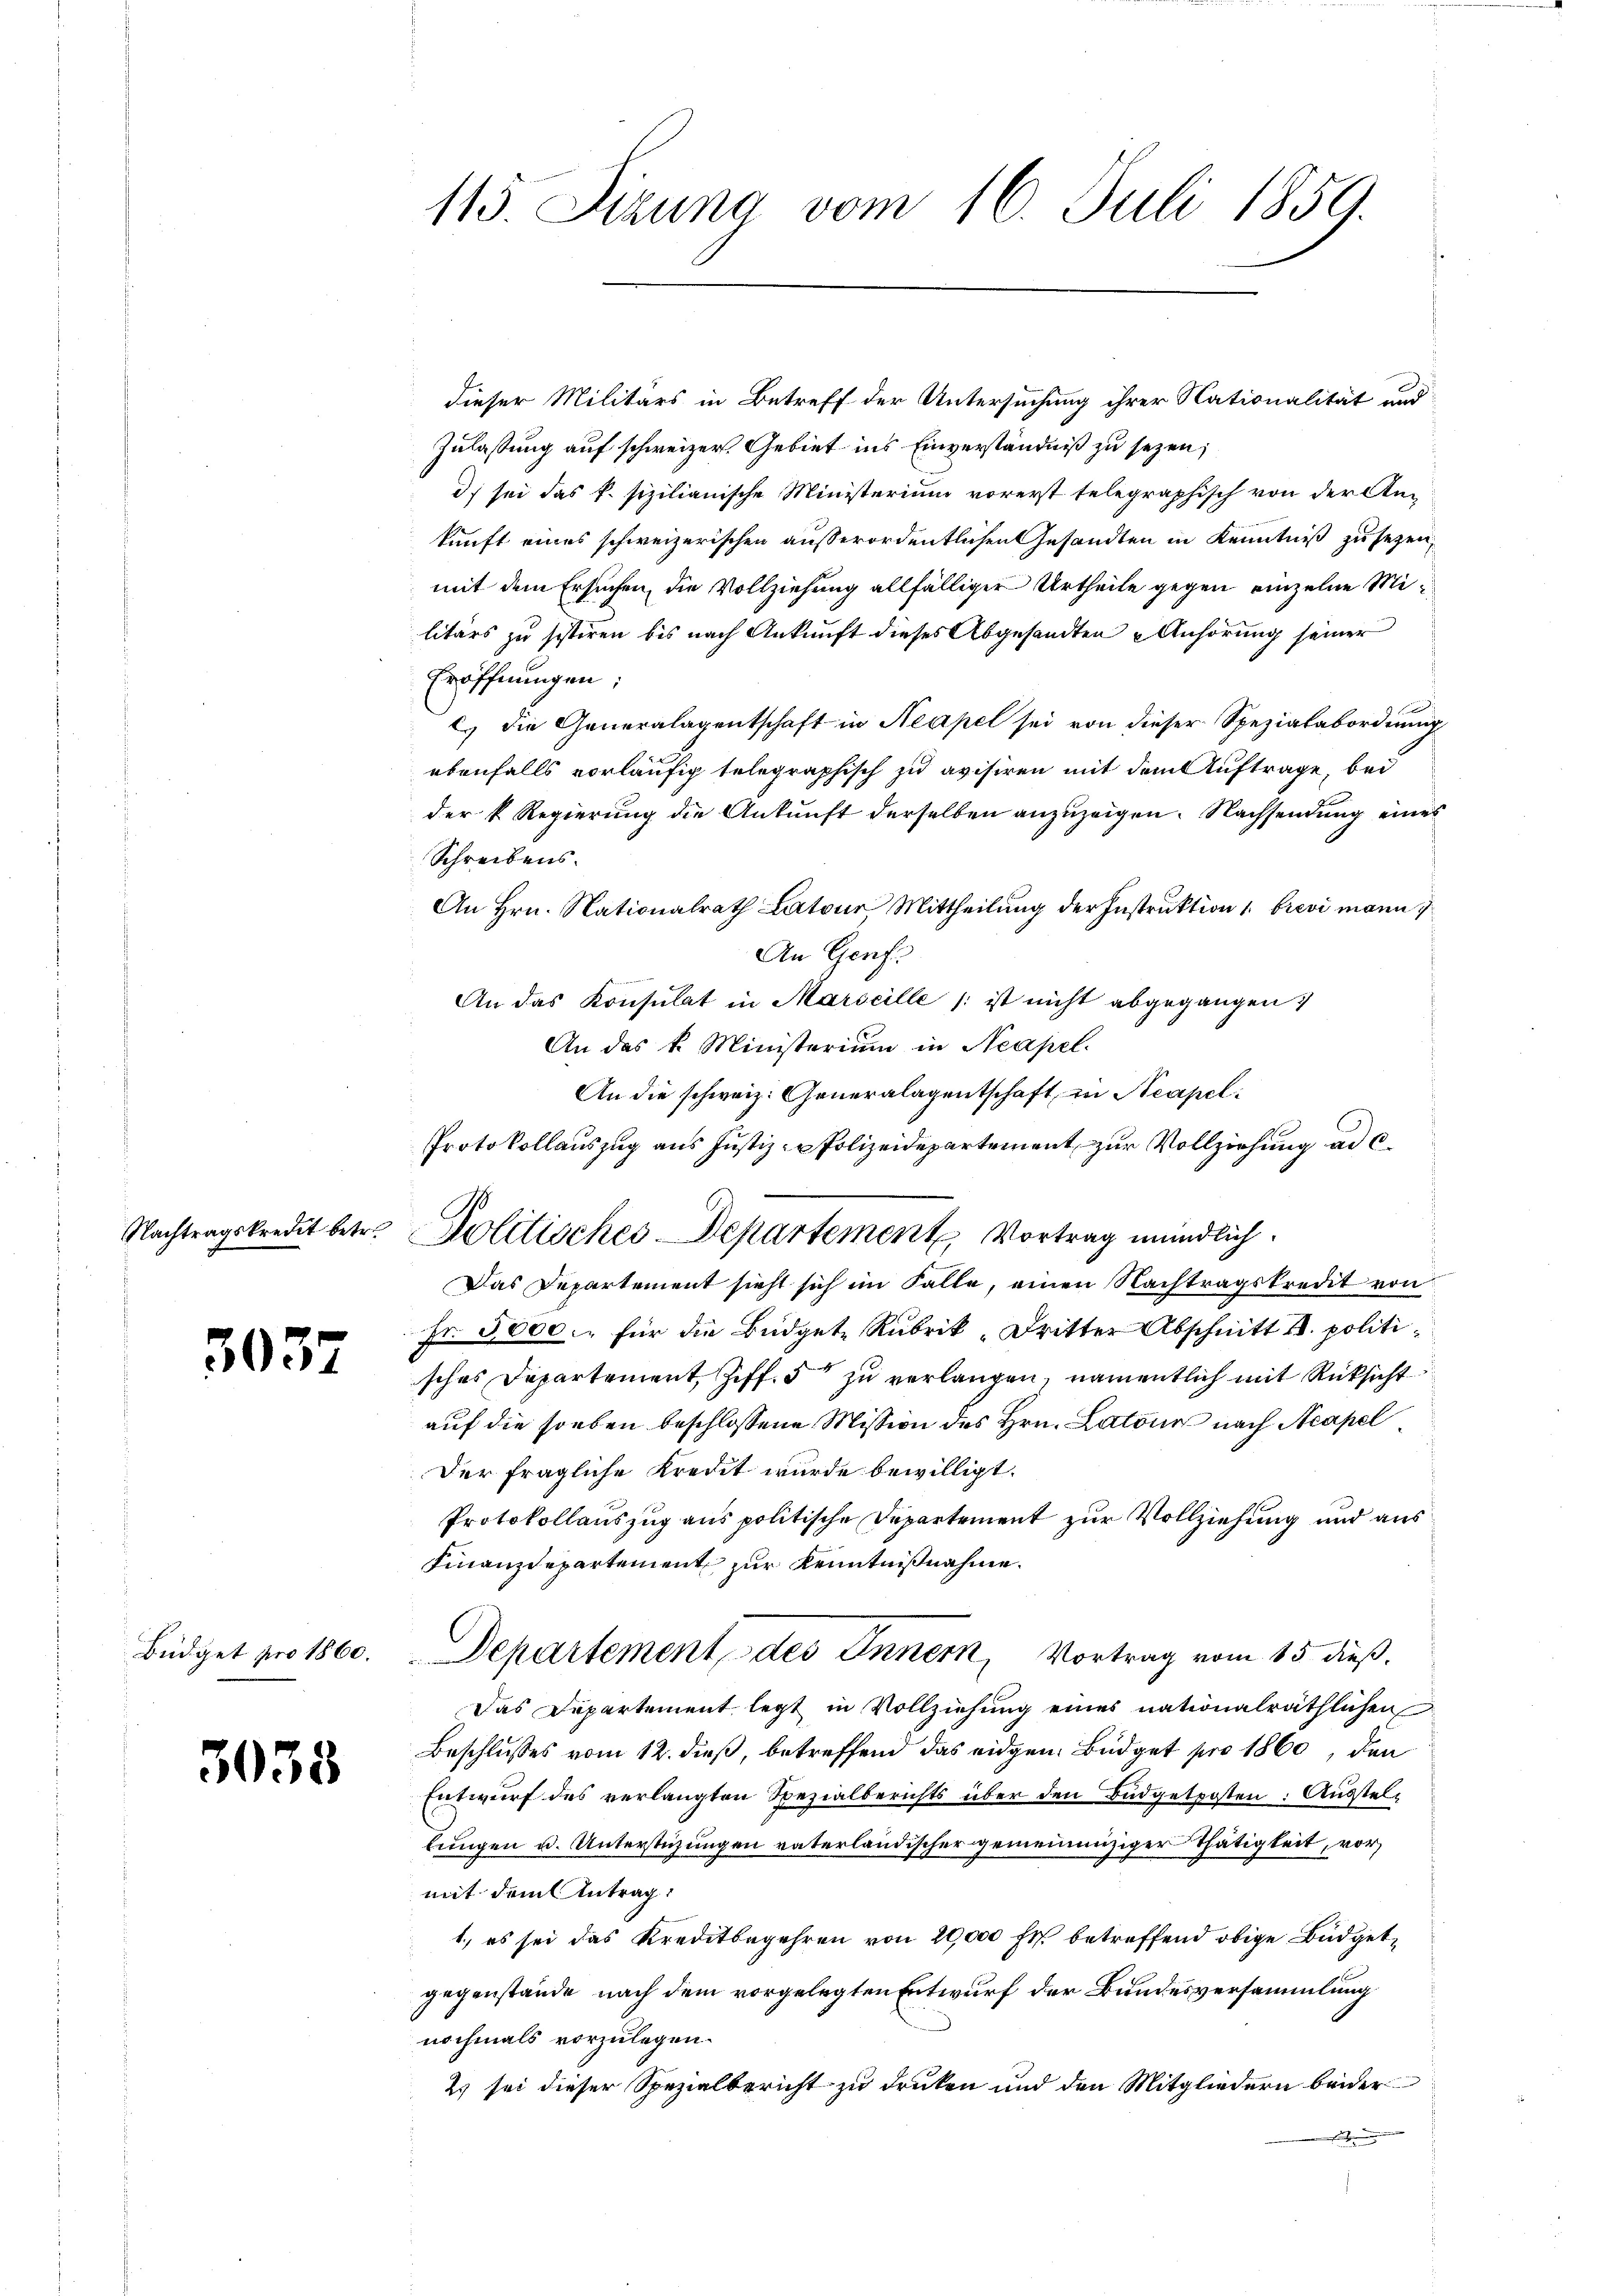
3037

3033

dieser Militärs in Betreff der Untersuchung ihrer Nationalität und
Zulassung auf schweizer. Gebiet ins Einverständniß zu sezen;
d) sei das k. sizilianische Ministerium vorerst telegraphisch von der An-
kunft eines schweizerischen außerordentlichen Gesandten in Kenntniß zu sezen,
mit dem Ersuchen, die Vollziehung allfälliger Urtheile gegen einzelne Militärs zu sistiren bis nach Ankunft dieses Abgesandten Anhörung seiner
Eröffnungen;
C. die Generalagentschaft in Neapel sei von dieser Spezialabordnung
ebenfalls vorläufig telegraphisch zu avisiren mit dem Auftrage, bei
der k. Regierung die Ankunft derselben anzuzeigen. Nachsendung eines
Schreibens.
An Hrn. Nationalrath Latour, Mittheilung der Instruktion u. brevi mann,
An Genfe
An das Konsulat in Marseille ist nicht abgegangen.
An das k. Ministerium in Neapel.
An die schweiz. Generalagentschaft, in Neapel
Protokollauszug aus Justiz- u Polizeidepartement zur Vollziehung ad c.
Nachtragskredit betr. Politisches Departement Vortrag mündlich.
Das Departement sieht sich im Falle, einen Nachtragskredit von
Fr. 5000. für die Büdgete Rubrik „Dritter Abschnitt u. politisches Departement Ziff. 5 zu verlangen, namentlich mit Rücksicht
auf die soeben beschlossene Mission des Hrn. Latone nach Neapel
Der fragliche Kredit wurde bewilligt.
Protokollauszug aus politische Departement zur Vollziehung und aus
Finanzdepartement zur Kenntnißnahme.
Büdget pro 1860. Departement des Innern, Vortrag vom 15 dieß.
Das Departement legt in Vollziehung eines nationalräthlichen
Beschlusses vom 12. dieß, betreffend das eidgen Büdget pro 1860, den
Entwurf des verlangten Spezialberichts über den Büdgetposten: Ausstelbringen u. Unterstüzungen vaterländischer gemeinnüziger Thätigkeit, vor
mit dem Antrag:
1.) es sei das Kreditbegehren von 20,000 Fr. betreffend obige Büdgetgegenstände nach dem vorgelegten Entwurf der Bundesversammlung
nochmals vorzulegen.
Es sei dieser Spezialbericht zu drucken und den Mitgliedern beider

115. Jezung vom 16. Juli 1859.